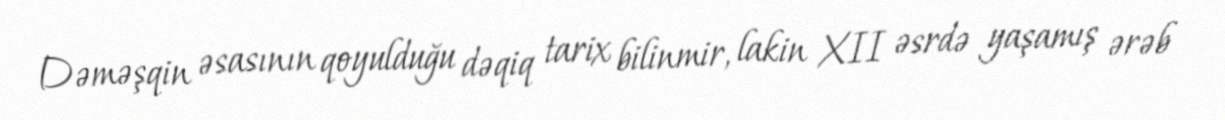
Dəməşqin əsasının qoyulduğu dəqiq tarix bilinmir, lakin XII əsrdə yaşamış ərəb